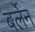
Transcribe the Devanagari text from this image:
बर्लेन